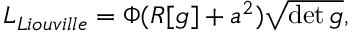
{ \cal L } _ { L i o u v i l l e } = \Phi ( R [ g ] + a ^ { 2 } ) \sqrt { \operatorname * { d e t } g } ,